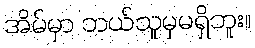
အိမ်မှာ ဘယ်သူမှမရှိဘူး။